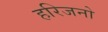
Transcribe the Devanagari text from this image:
हरिजनो